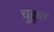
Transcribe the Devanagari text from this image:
चुक्रुत